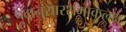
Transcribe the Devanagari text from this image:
पदानुसारसमाकलन